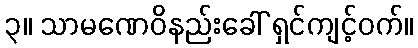
၃။ သာမဏေဝိနည်းခေါ် ရှင်ကျင့်ဝက်။